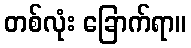
တစ်လုံး ခြောက်ရာ။